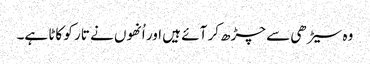
وہ سیڑھی سے چڑھ کر آئے ہیں اور اُنھوں نے تار کو کاٹا ہے۔